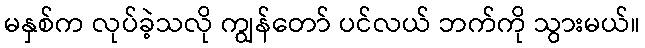
မနှစ်က လုပ်ခဲ့သလို ကျွန်တော် ပင်လယ် ဘက်ကို သွားမယ်။